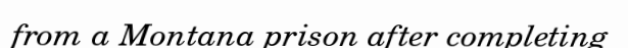
from a Montana prison after completing